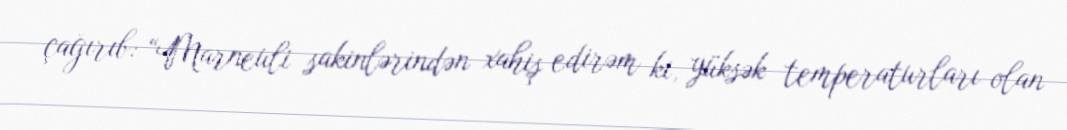
çağırıb: “Marneuli sakinlərindən xahiş edirəm ki, yüksək temperaturları olan